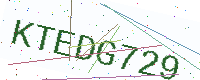
Text: KTEDG729